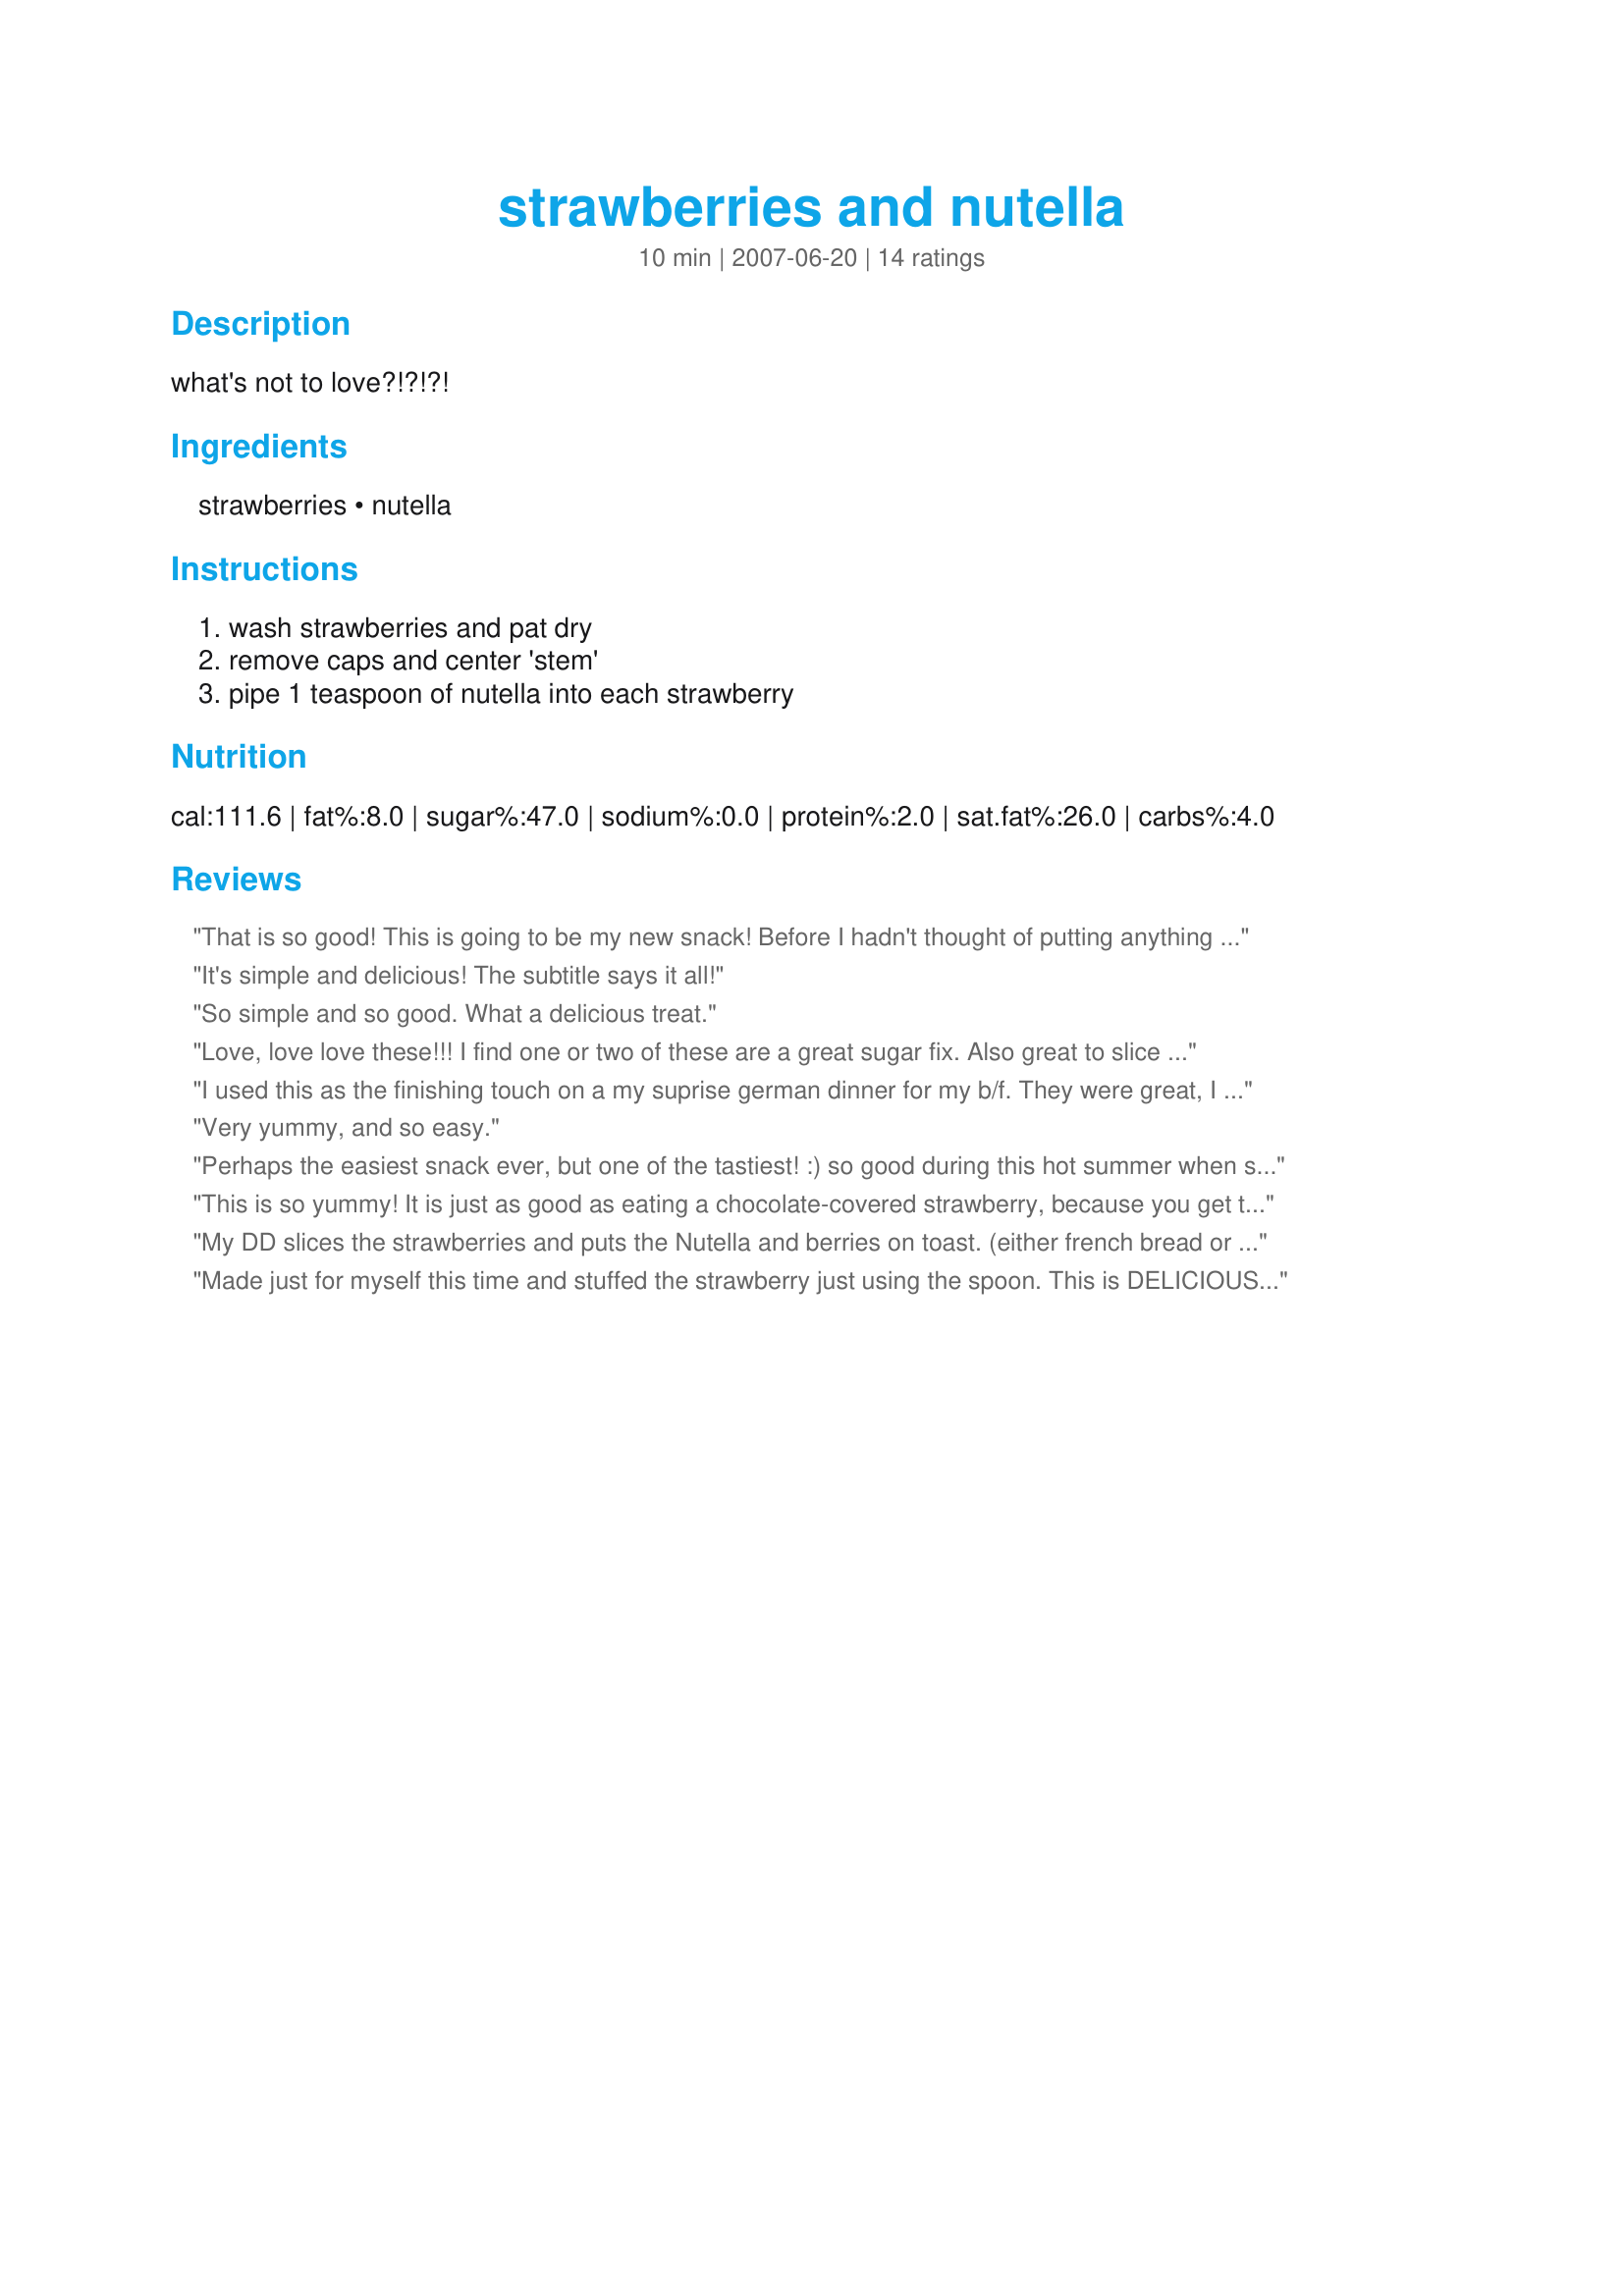
strawberries and nutella
Preparation time: 10 minutes

what's not to love?!?!?!

Ingredients:
strawberries, nutella

Steps:
wash strawberries and pat dry, remove caps and center 'stem', pipe 1 teaspoon of nutella into each strawberry

Reviews:
That is so good! This is going to be my new snack! Before I hadn't thought of putting anything in the middle of strawberries, but Nutella is so great as a filling.
It's simple and delicious! The subtitle says it all!
So simple and so good. What a delicious treat.
Love, love love these!!! I find one or two of these are a great sugar fix. Also great to slice the strawberries and spread nutella on a rice cake and top with strawberries.
I used this as the finishing touch on a my suprise german dinner for my b/f. They were great, I actually saved the caps and stuck them back on after pipping them full of nutella. He had no idea until he bit into one that they were filled. It was great. loved the flavor, next time I plan to dip them in chocolate in addition to filling them....
Very yummy, and so easy.
Perhaps the easiest snack ever, but one of the tastiest! :) so good during this hot summer when strawberries are extra fresh & yummy. Thanks for sharing this great idea!
This is so yummy! It is just as good as eating a chocolate-covered strawberry, because you get the hazelnut flavor paired with the chocolate, and you can scoop it right out of the jar, perfect for last minute guests or for young kids. Thank you for sharing.
My DD slices the strawberries and puts the Nutella and berries on toast. (either french bread or a sweet bread toasted. this is also a great filler for crepes!!
Made just for myself this time and stuffed the strawberry just using the spoon. This is DELICIOUS! Who needs the fondue pot when you have this! Thank you Marg! I love this one!
Scrumptious! I do love a recipe with only 2 ingredients. I have made this with figs as well, worth a try!
My 12 year old daughter loves nutella. She went nuts over this recipe and ate almost a pound of strawberries with the nutella on them. She thinks this would make a great breakfast. This recipe is easy and fast. Thanks for the recipe.
not sure how to remove the center stem but oh my is this good.I had a quart of fresh local strawberries and wanted to keep them uncooked This satisfied my dual craving for chocloate, berries and nuts :)
I never thought to put Nutella inside a strawberry! I just use a paring knife and cut out the stem and hollow it out a little. Then I put my nutella inside a plastic bag and cut a corner and SQUEEEEZE inside the strawberry. So good!
